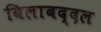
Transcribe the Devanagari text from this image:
बिलाबद्दल